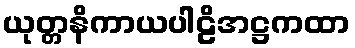
ယုတ္တနိကာယပါဠိအဋ္ဌကထာ